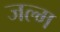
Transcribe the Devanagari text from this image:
जल्म